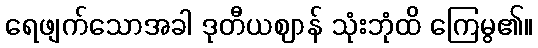
ရေဖျက်သောအခါ ဒုတီယဈာန် သုံးဘုံထိ ကြေမွ၏။